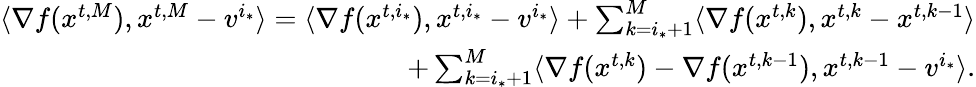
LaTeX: \begin{array}{r}{\langle\nabla f({x}^{t,M}),{x}^{t,M}-{v}^{i_{*}}\rangle=\langle\nabla f({x}^{t,i_{*}}),{x}^{t,i_{*}}-{v}^{i_{*}}\rangle+\sum_{k=i_{*}+1}^{M}\langle\nabla f({x}^{t,k}),{x}^{t,k}-{x}^{t,k-1}\rangle}\\ {+\sum_{k=i_{*}+1}^{M}\langle\nabla f({x}^{t,k})-\nabla f({x}^{t,k-1}),{x}^{t,k-1}-{v}^{i_{*}}\rangle.}\end{array}